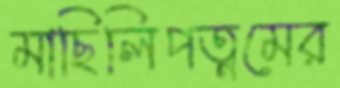
মাছিলিপত্নমের